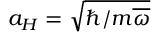
a _ { H } = \sqrt { \hbar / m \overline { { \omega } } }